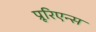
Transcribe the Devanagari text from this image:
प्रूरिएन्स